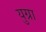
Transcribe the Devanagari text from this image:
युग्रा